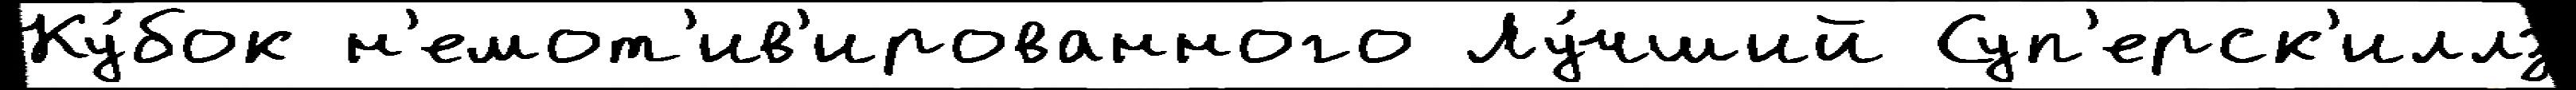
Ку́бок н'емот'ив'ированного Лу́чший Суп'ерск'иллз